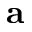
\bf a